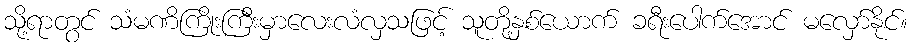
သို့ရာတွင် သံမဏိကြိုးကြီးမှာလေးလံလှသဖြင့် သူတို့နှစ်ယောက် ခရီးပေါက်အောင် မလှော်နိုင်။